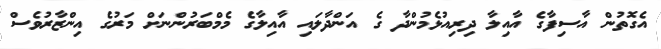
އެގޮތުން އާސިފާގެ އާއިލާ ދިރިއުޅެމުންދާ ގެ އަންދާލައި އާއިލާގެ މެމްބަރުންނަށް މަރުގެ އިންޒާރުވެސް